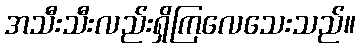
အသီးသီးလည်းရှိကြလေသေးသည်။